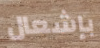
بإشعال